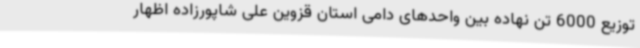
توزیع 6000 تن نهاده بین واحدهای دامی استان قزوین علی شاپورزاده اظهار